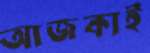
আজকাই